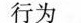
行为